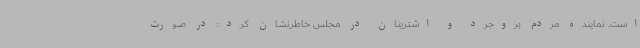
است. نماینده مردم بروجرد و اشترینان در مجلس خاطرنشان کرد: در صورت